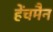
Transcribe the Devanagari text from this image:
हेंचमैन